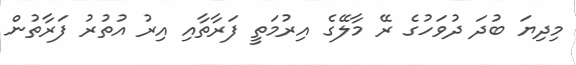
މިދިޔަ ބުދަ ދުވަހުގެ ރޭ މާލޭގެ އިރުމަތީ ފަރާތާއި އިރު އުތުރު ފަރާތުން